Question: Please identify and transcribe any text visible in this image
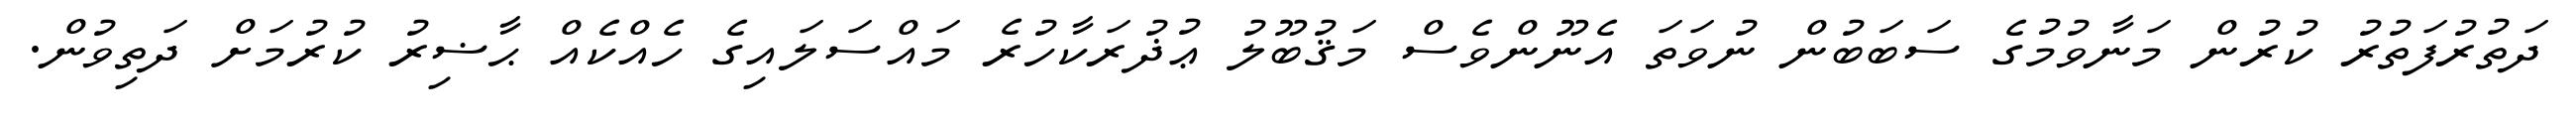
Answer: ދަތުރުފަތުރު ކުރުން މަނާވުމުގެ ސަބަބުން ނުވަތަ އެނޫންވެސް މަޤުބޫލު ޢުޛުރަކާހުރެ މައްސަލައިގެ ހެއްކެއް ޙާޟިރު ކުރުމަށް ދަތިވުން.